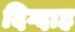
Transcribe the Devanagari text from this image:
दिग्दाह